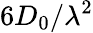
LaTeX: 6D_{0}/\lambda^{2}